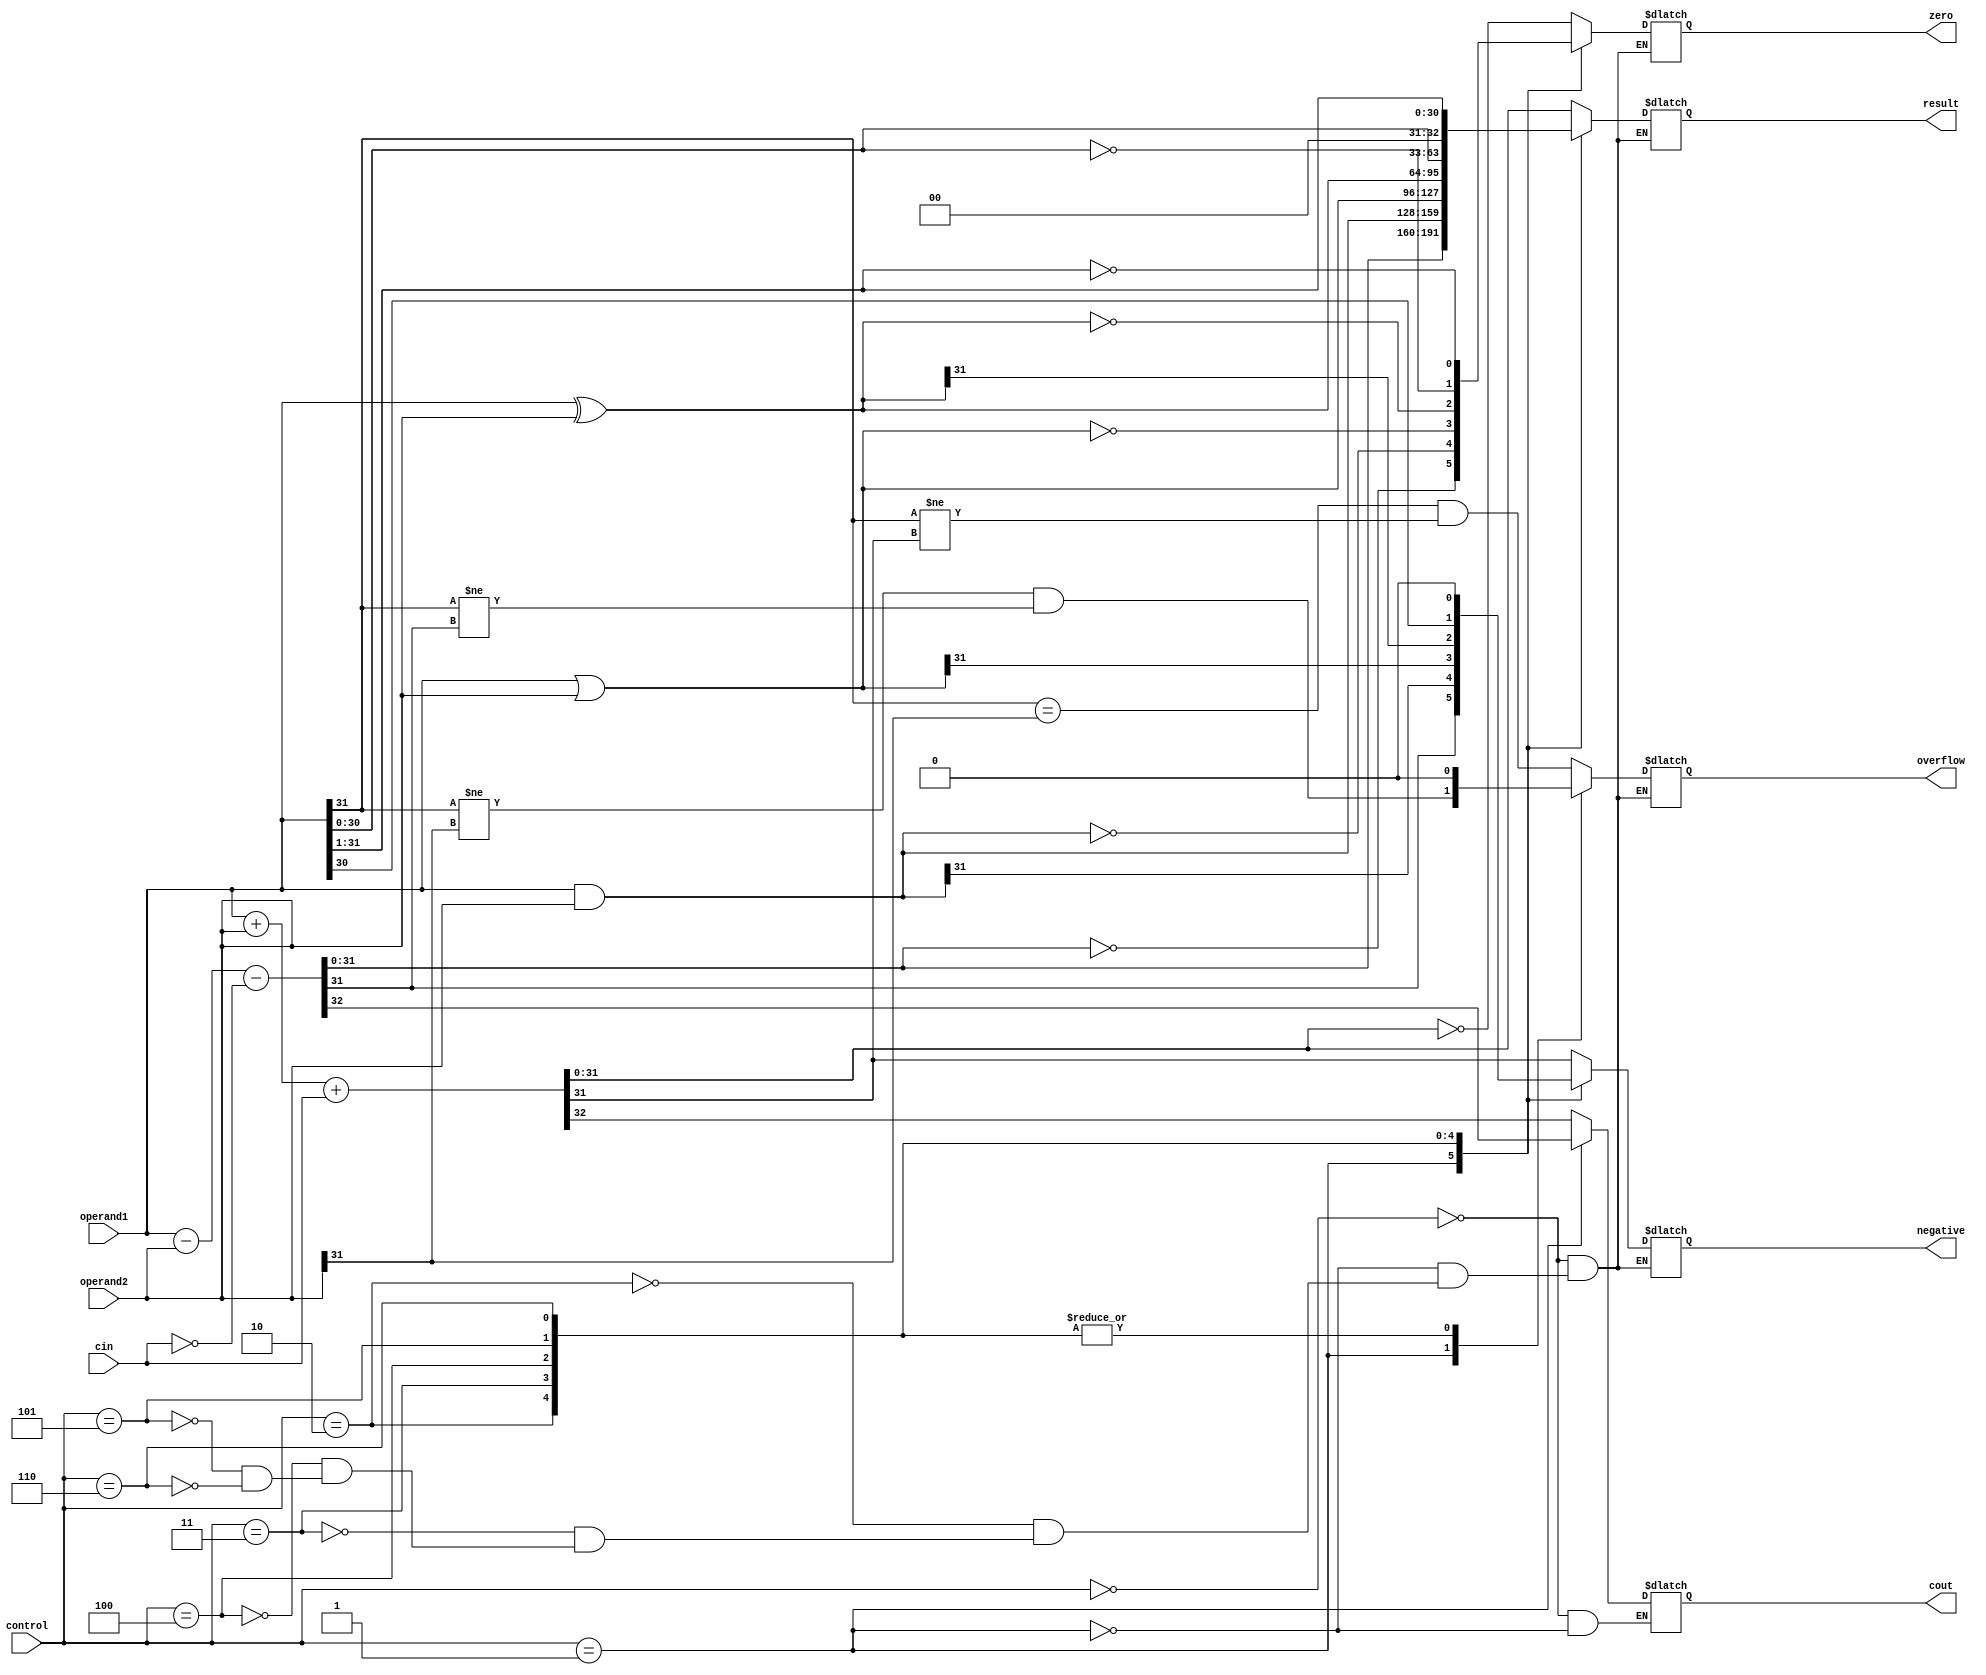
module alu(
  input [31:0] operand1,
  input [31:0] operand2,
  input [2:0] control,
  input cin,
  output reg [31:0] result,
  output reg cout,
  output reg zero,
  output reg negative,
  output reg overflow
);

always @ (operand1, operand2, control) begin
  case(control)
    3'b000: // addition
      begin
        {cout, result} = operand1 + operand2 + cin;
        zero = (result == 32'h00000000);
        negative = result[31];
        overflow = ((operand1[31] == operand2[31]) && (operand1[31] != result[31]));
      end
    3'b001: // subtraction
      begin
        {cout, result} = operand1 - operand2 - ~cin;
        zero = (result == 32'h00000000);
        negative = result[31];
        overflow = ((operand1[31] != operand2[31]) && (operand1[31] != result[31]));
      end
    3'b010: // bitwise AND
      begin
        result = operand1 & operand2;
        zero = (result == 32'h00000000);
        negative = result[31];
        overflow = 1'b0;
      end
    3'b011: // bitwise OR
      begin
        result = operand1 | operand2;
        zero = (result == 32'h00000000);
        negative = result[31];
        overflow = 1'b0;
      end
    3'b100: // bitwise XOR
      begin
        result = operand1 ^ operand2;
        zero = (result == 32'h00000000);
        negative = result[31];
        overflow = 1'b0;
      end
    3'b101: // shift left
      begin
        result = {operand1[30:0], 1'b0};
        zero = (result == 32'h00000000);
        negative = result[31];
        overflow = 1'b0;
      end
    3'b110: // shift right
      begin
        result = {1'b0, operand1[31:1]};
        zero = (result == 32'h00000000);
        negative = result[31];
        overflow = 1'b0;
      end
  endcase
end

endmodule